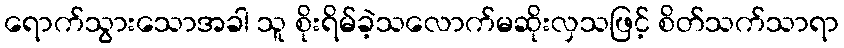
ရောက်သွားသောအခါ သူ စိုးရိမ်ခဲ့သလောက်မဆိုးလှသဖြင့် စိတ်သက်သာရာ